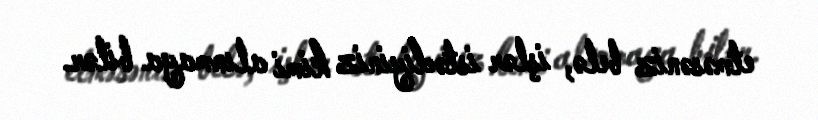
etməsəniz belə, işlər istədiyiniz kimi alınmaya bilər.